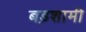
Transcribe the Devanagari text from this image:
बड़शामी